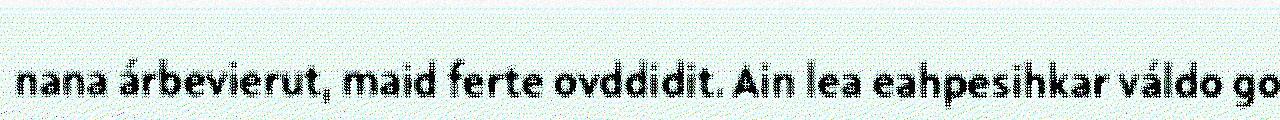
nana árbevierut, maid ferte ovddidit. Ain lea eahpesihkar váldo go